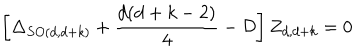
LaTeX: \left[ \Delta _ { S O ( d , d + k ) } + \frac { d ( d + k - 2 ) } { 4 } - { \cal { D } } \right] Z _ { d , d + k } = 0